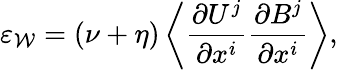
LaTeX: \varepsilon_{\cal{W}}=(\nu+\eta)\left\langle{\frac{\partial U^{j}}{\partial x^{i}}\frac{\partial B^{j}}{\partial x^{i}}}\right\rangle,